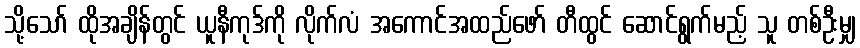
သို့သော် ထိုအချိန်တွင် ယူနီကုဒ်ကို လိုက်လံ အကောင်အထည်ဖော် တီထွင် ဆောင်ရွက်မည့် သူ တစ်ဦးမျှ